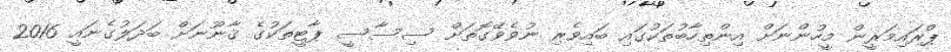
ޕްރައިމަރީން މީހުންނަށް އިންތިހާބުތަކުގައި ބައިވެރި ނުވެވޭގޮތަށް ސިސާސީ ޕާޓީތަކުގެ ޤާނޫނަށް ބަދަލުގެނައީ 2016